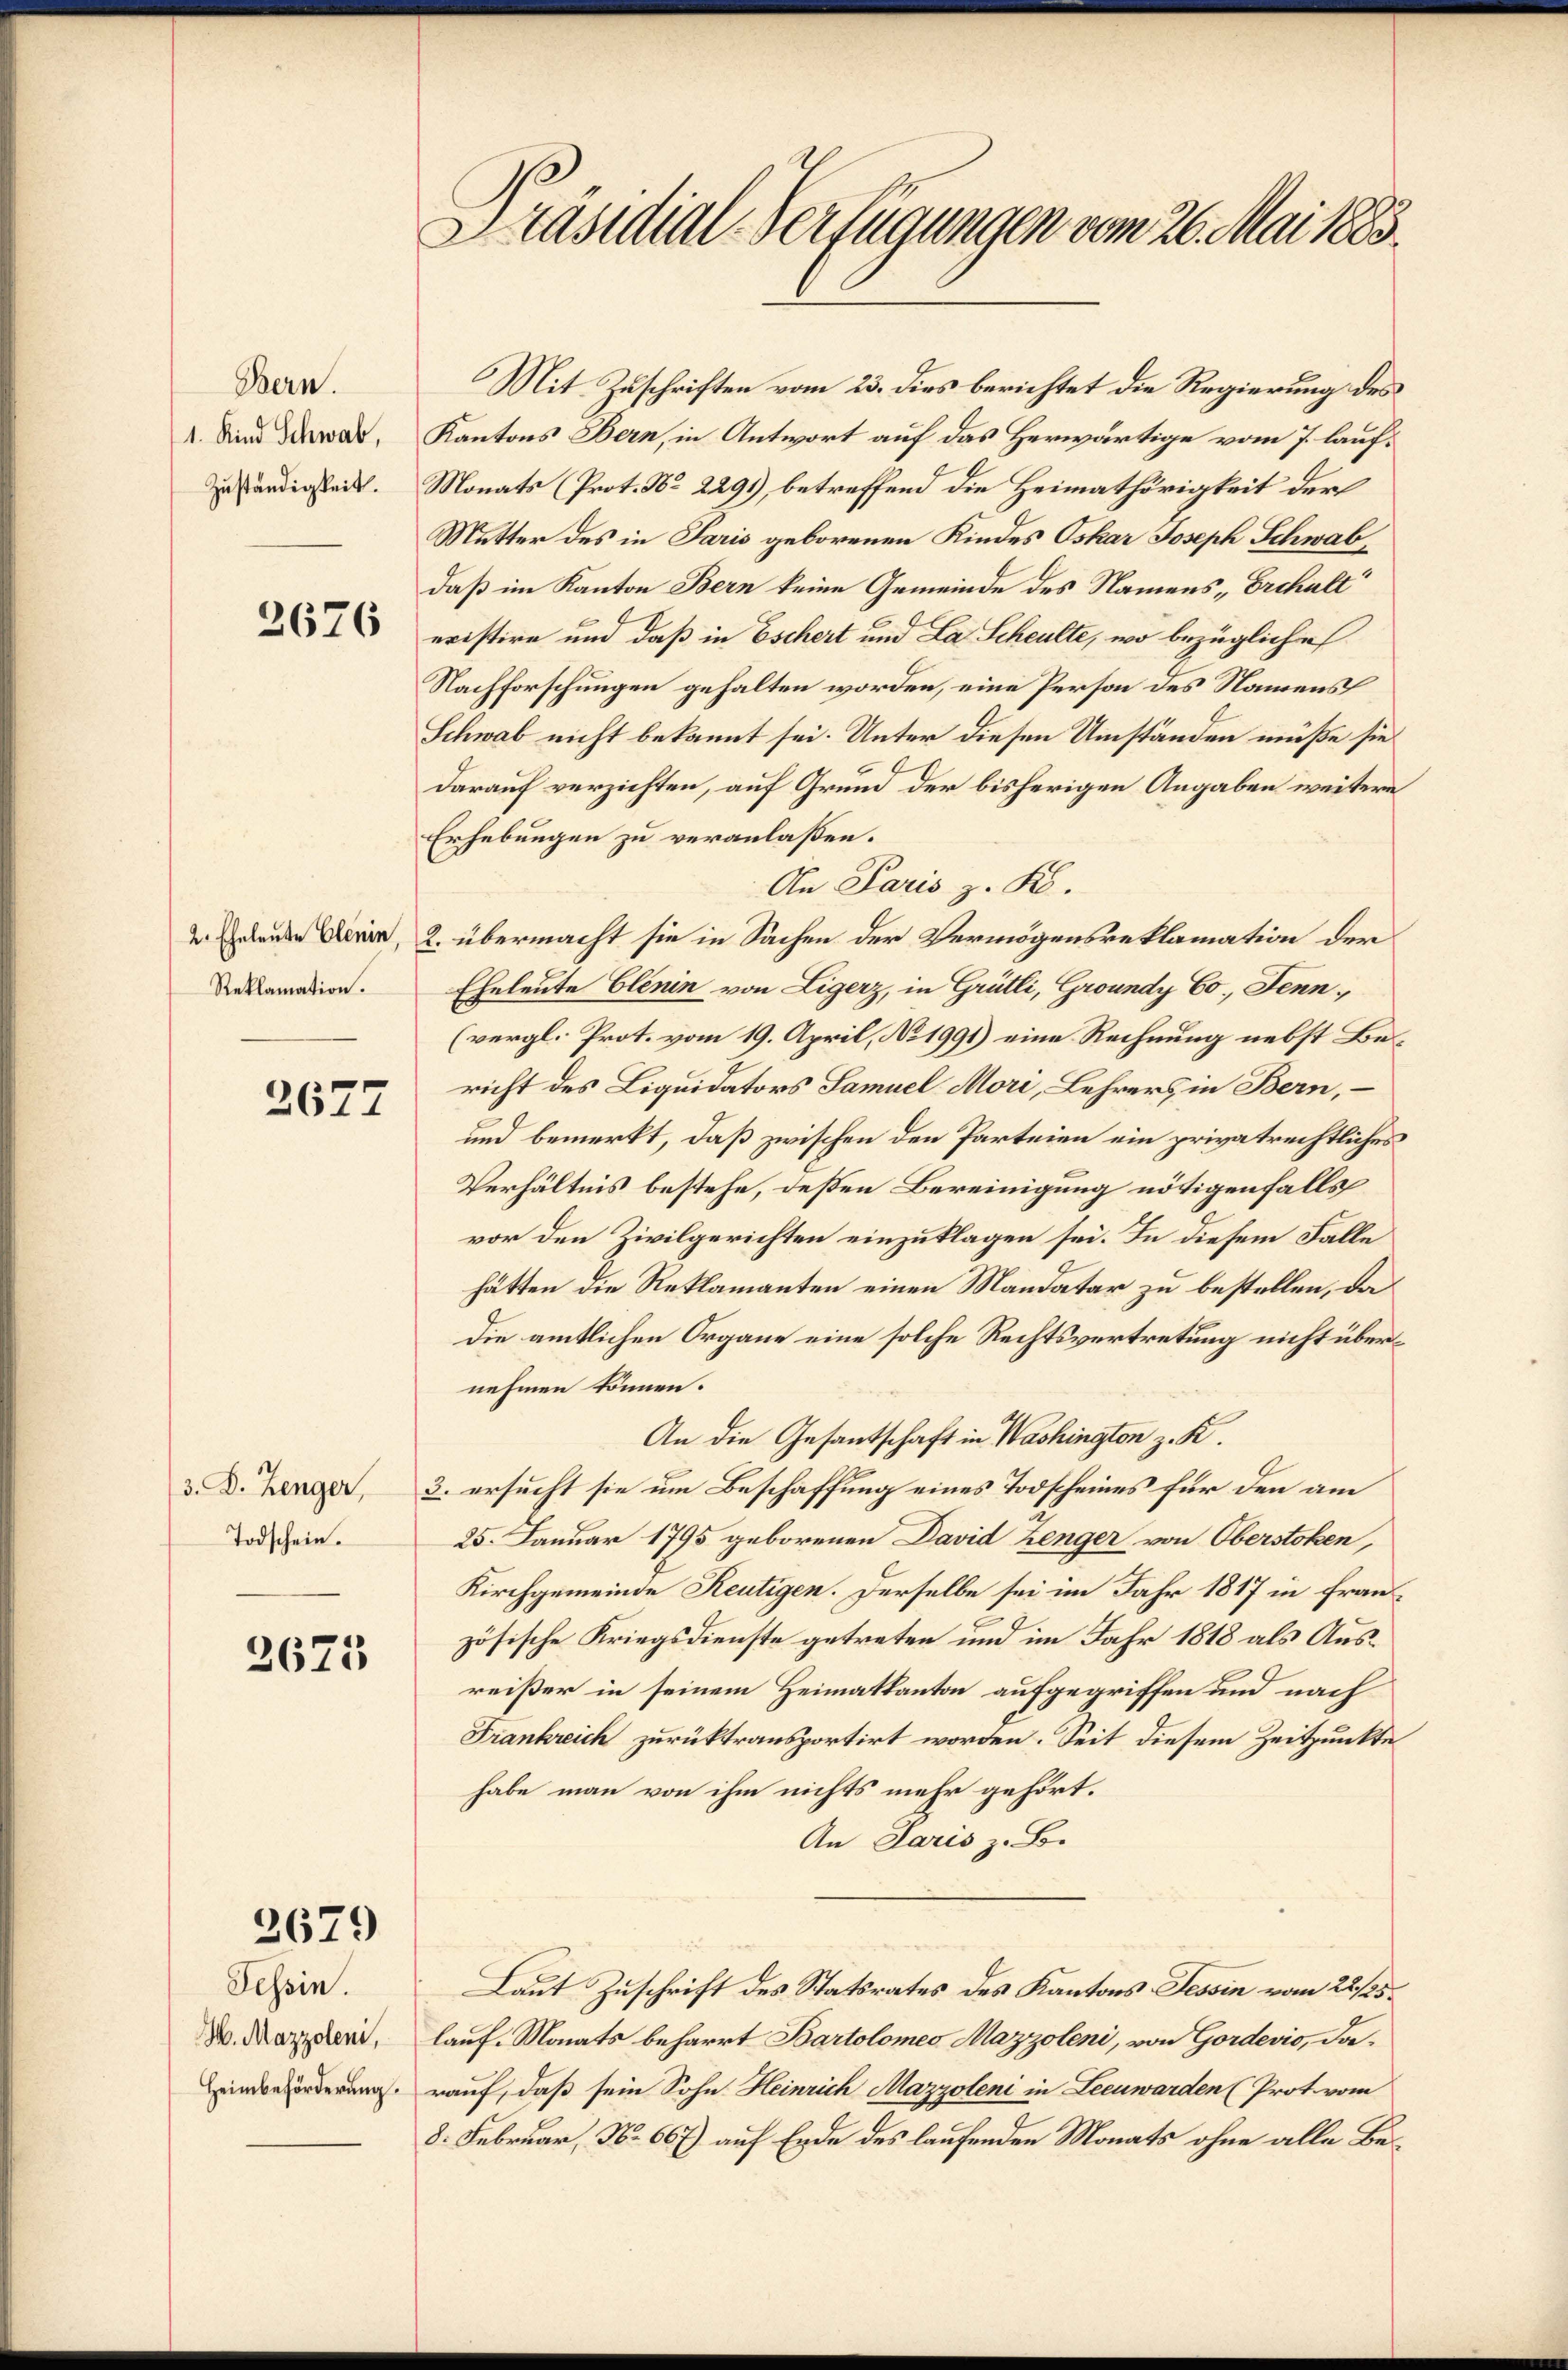
Bern.
1. Kind Schwab,
Zuständigkeit.

3676

2. Eheleute Blenin,
Reklamation.

2677

3. D. Renger,
Todschein.

3625

3679

Tessin.
H. Mazzoleni,
Heimbeförderung.

Präsidial-Verfügungen vom 26. Mai 1883.

Mit Zuschriften vom 23. dies berichtet die Regierung des
Kantons Bern, in Antwort auf das Herwärtige vom 7. lauf¬
Monats (Prot. No 2291) betreffend die Heimathörigkeit der
Mutter des in Paris geborenen Kindes Oskar Joseph Schwabdaß im Kanton Bern keine Gemeinde des Namens „Erchalt
eristire und daß in Eschert und La Scheulte, wo bezügliche
Nachforschungen gehalten worden, eine Person des Namens
Schwab nicht bekannt sei. Unter diesen Umständen müße sie
darauf verzichten, auf Grund der bisherigen Angaben weitere
Erhebungen zu veranlaßen.
An Paris z. K.
2. übermacht sie in Sachen der Vermögensreklamation der
Eheleute Elenin von Ligerz, in Grütli, Groundy Co. Jenn¬
(vergl. Prot. vom 19. April, No 1991) eine Rechnung nebst Bericht des Liquidators Samuel Mori, Lehrers in Bern,
und bemerkt, daß zwischen den Parteien ein privatrechtliches
Verhältnis bestehe, deßen Bereinigung nötigenfalls
vor den Zivilgerichten einzuklagen sei. In diesem Falle
hätten die Reklamanten einen Mandatar zu bestellen, da
Die amtlichen Organe eine solche Rechtsvertretung nicht übernehmen können.
An die Gesantschaft in Washington z. K.
3. ersucht sie um Beschaffung eines Todscheines für den am
25. Januar 1795 geborenen David Zenger von Oberstoken,
Kirchgemeinde Reutigen. Derselbe sei im Jahr 1817 in Französische Kriegsdienste getreten und im Jahr 1818 als Ausreißer in seinem Heimatkanton aufgegriffen und nach
Frankreich zurücktransportirt worden. Seit diesem Zeitpunkte
habe man von ihm nichts mehr gehört.
An Paris z. B.
Laut Zuschrift des Statsrates des Kantons Tessin vom 22/25.
lauf. Monats beharrt Bartolomeo Mazzoleni, von Gordevio, darauf, daß sein Sohn Heinrich Mazzoleni in Leenwarden (Prot. vom
8. Februar, No. 667) auf Ende des laufenden Monats ohne alle Be¬